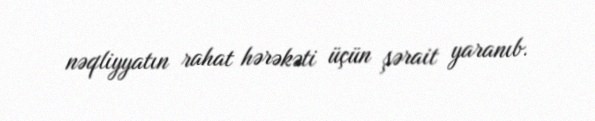
nəqliyyatın rahat hərəkəti üçün şərait yaranıb.